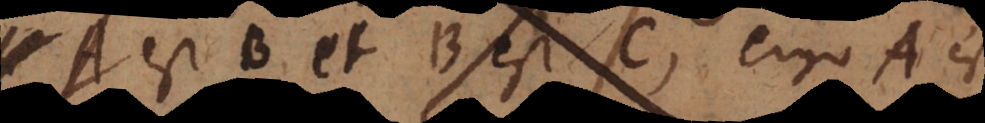
AB est C et AB est D. Ergo AB est